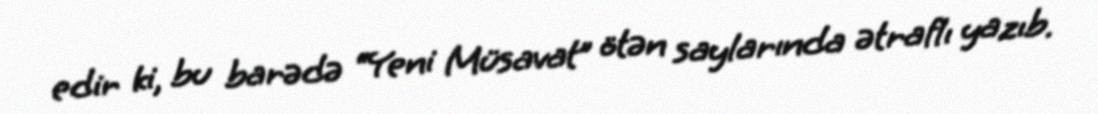
edir ki, bu barədə “Yeni Müsavat” ötən saylarında ətraflı yazıb.